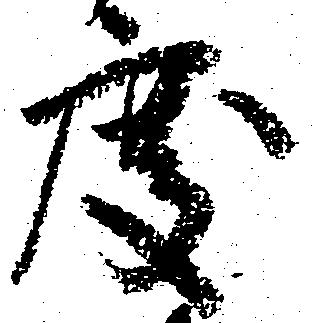
度